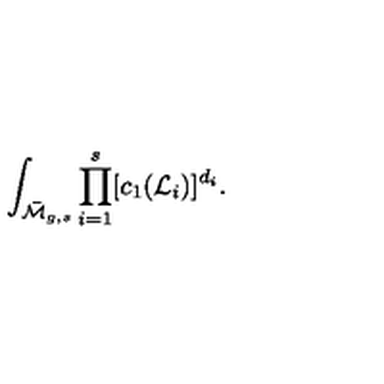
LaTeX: \int _ { \bar { \cal M } _ { g , s } } \prod _ { i = 1 } ^ { s } [ c _ { 1 } ( { \cal L } _ { i } ) ] ^ { d _ { i } } .